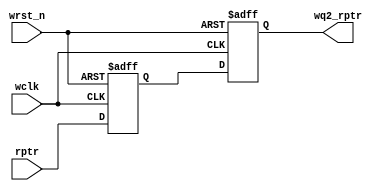
module sync_r2w #(parameter ADDRSIZE = 4)
(output reg [ADDRSIZE:0] wq2_rptr,
input [ADDRSIZE:0] rptr,
input wclk, wrst_n);

reg [ADDRSIZE:0] wq1_rptr;
 always @(posedge wclk or negedge wrst_n)
  begin
    if (!wrst_n) {wq2_rptr,wq1_rptr} <= 0;
    else {wq2_rptr,wq1_rptr} <= {wq1_rptr,rptr};
  end
endmodule